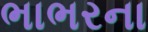
ભાભરના